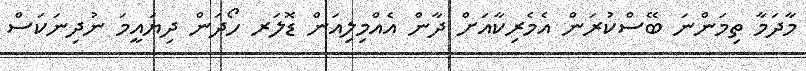
މާދަމާ ތިމަންނަ ބޭސްކުރަން އެމެރިކާއަށް ދާން އެއްމިލިއަން ޑޮލަރ ހޯދަން ދިޔައީމަ ނުދިނަކަސް